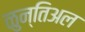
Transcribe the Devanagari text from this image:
ळुन्तिअल